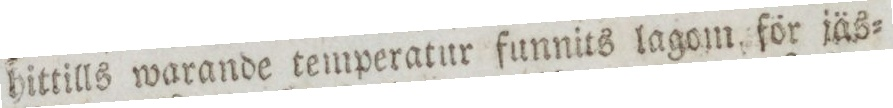
hittills warande temperatur funnits lagom för jäs=